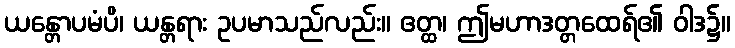
ယန္တောပမံပိ၊ ယန္တရား ဥပမာသည်လည်း။ ဧတ္ထ၊ ဤမဟာဒတ္တထေရ်၏ ဝါဒ၌။